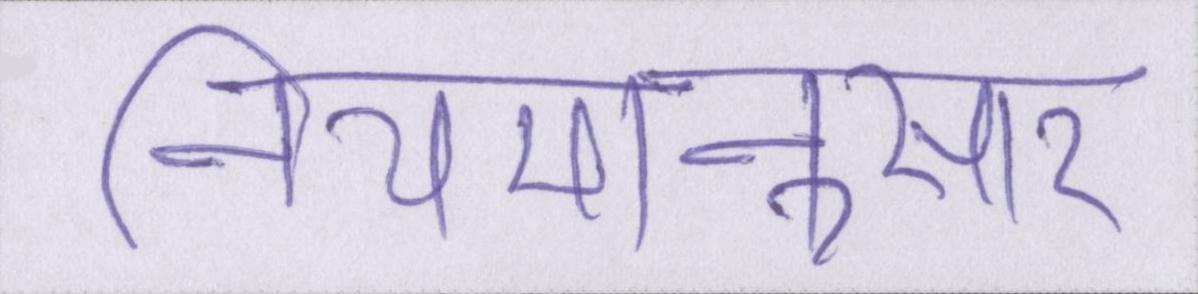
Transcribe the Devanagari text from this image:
नियमानुसार